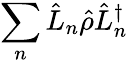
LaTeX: \sum_{n}\hat{L}_{n}\hat{\rho}\hat{L}_{n}^{\dagger}